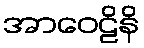
အာဝေဠိနိ